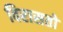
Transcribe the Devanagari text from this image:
विरासतो